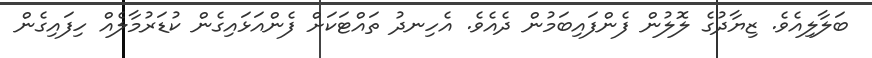
ބަލާލިއެވެ. ޒިޔާދުގެ ލޮލުން ފެންފައިބަމުން ދެއެވެ. އެހިނދު ތައްޓަކަށް ފެންއަޅައިގެން ކުޑަރުމާލެއް ހިފައިގެން